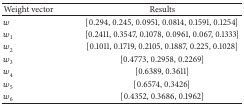
<table><thead><tr><td><b>Weight vector</b></td><td><b>Results</b></td></tr></thead><tbody><tr><td><i>w</i></td><td>[0.294, 0.245, 0.0951, 0.0814, 0.1591, 0.1254]</td></tr><tr><td><i>w</i><sub>1</sub></td><td>[0.2411, 0.3547, 0.1078, 0.0961, 0.067, 0.1333]</td></tr><tr><td><i>w</i><sub>2</sub></td><td>[0.1011, 0.1719, 0.2105, 0.1887, 0.225, 0.1028]</td></tr><tr><td><i>w</i><sub>3</sub></td><td>[0.4773, 0.2958, 0.2269]</td></tr><tr><td><i>w</i><sub>4</sub></td><td>[0.6389, 0.3611]</td></tr><tr><td><i>w</i><sub>5</sub></td><td>[0.6574, 0.3426]</td></tr><tr><td><i>w</i><sub>6</sub></td><td>[0.4352, 0.3686, 0.1962]</td></tr></tbody></table>